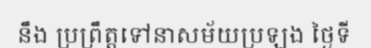
នឹង ប្រព្រឹត្តទៅនាសម័យប្រឡង ថ្ងៃទី